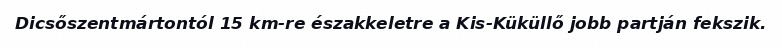
Dicsőszentmártontól 15 km-re északkeletre a Kis-Küküllő jobb partján fekszik.